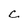
Character: C